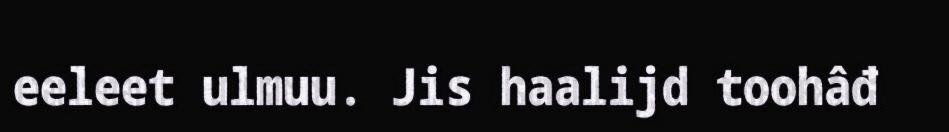
eeleet ulmuu. Jis haalijd toohâđ